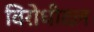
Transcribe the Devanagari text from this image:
विरोधीदल